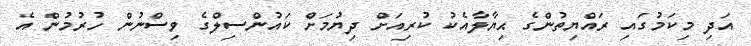
އަދި މިކަމުގައި ރައްޔިތުންގެ ޙިޔާލާއެކު ކުރިއަށް ދިޔުމަށް ކައުންސިލްގެ ވިސްނުން ހުރުމުން އެ